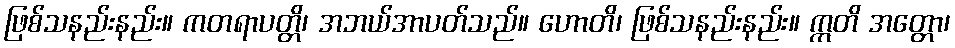
ဖြစ်သနည်းနည်း။ ကတရာပတ္တိ၊ အဘယ်အာပတ်သည်။ ဟောတိ၊ ဖြစ်သနည်းနည်း။ ဣတိ အတ္တော၊